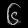
Digit: ၆